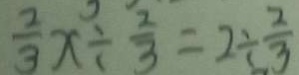
\frac { 2 } { 3 } x \div \frac { 2 } { 3 } = 2 \div \frac { 2 } { 3 }